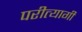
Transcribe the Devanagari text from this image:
परीत्यागी